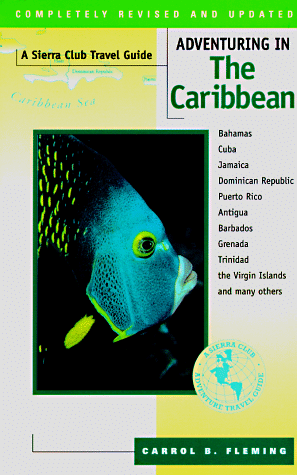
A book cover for Adventuring in the Caribbean: Including Bahamas, Cuba, Jamaica, Dominican Republic, Puerto Rico, Anitgua, Barbados, Grenada, Trinidad, the Virgin... (Sierra Club Adventure Travel Guides); Carrol Fleming; Travel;